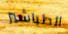
الطباشير